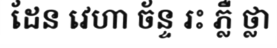
ដែន វេហា ច័ន្ទ រះ ភ្លឺ ថ្លា